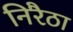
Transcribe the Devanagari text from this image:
निरैठा